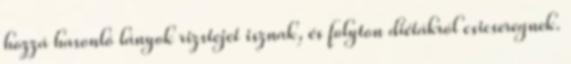
hozzá hasonló lányok rizstejet isznak, és folyton diétákról csicseregnek.